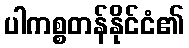
ပါကစ္စတန်နိုင်ငံ၏